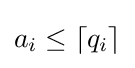
a_{i}\leq \lceil q_{i}\rceil